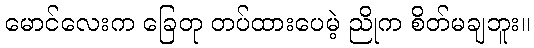
မောင်လေးက ခြေတု တပ်ထားပေမဲ့ ညိုက စိတ်မချဘူး။